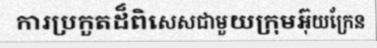
ការប្រកួតដ៏ពិសេសជាមួយក្រុមអ៊ុយក្រែន